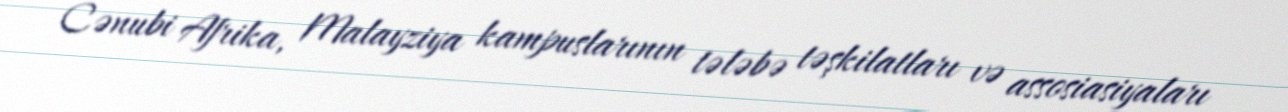
Cənubi Afrika, Malayziya kampuslarının tələbə təşkilatları və assosiasiyaları